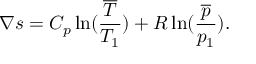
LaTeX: \nabla s = C _ { p } \ln ( { \frac { \overline { { T } } } { T _ { 1 } } } ) + R \ln ( { \frac { \overline { { p } } } { p _ { 1 } } } ) .